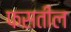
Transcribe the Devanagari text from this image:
फसतील